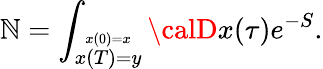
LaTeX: {\cal\mathbb{N}}=\int_{\stackrel{x(0)=x}{x(T)=y}}{\calD}x(\tau)e^{-S}.